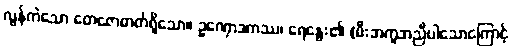
လွန်ကဲသော တေဇောဓာတ်ရှိသော။ ဥဏှောဒကဿ၊ ရေနွေး၏ (မီးအကူအညီပါသောကြောင့်